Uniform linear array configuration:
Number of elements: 24
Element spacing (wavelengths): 0.75
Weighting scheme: hamming
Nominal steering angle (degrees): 15
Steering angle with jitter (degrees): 13.51
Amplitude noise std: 0.05
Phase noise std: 0.05

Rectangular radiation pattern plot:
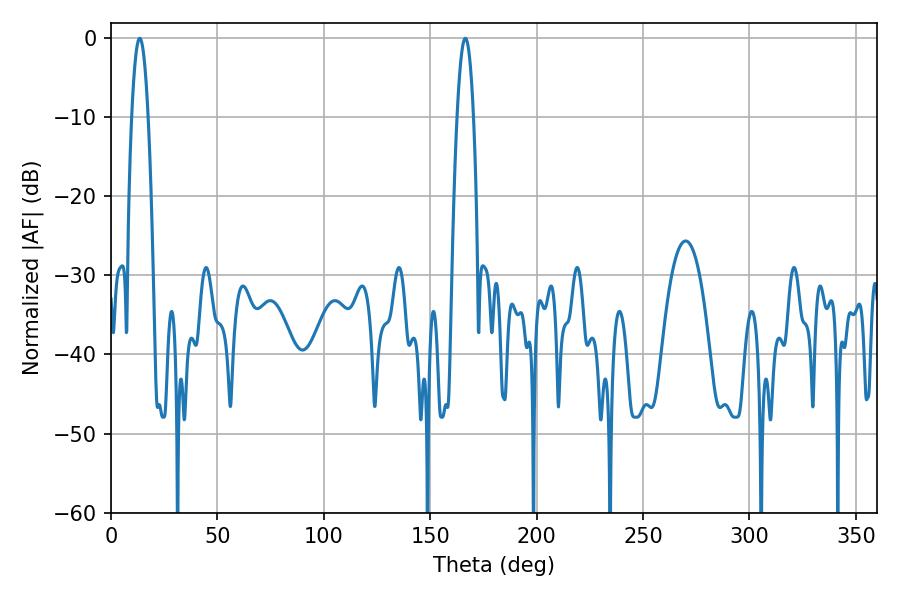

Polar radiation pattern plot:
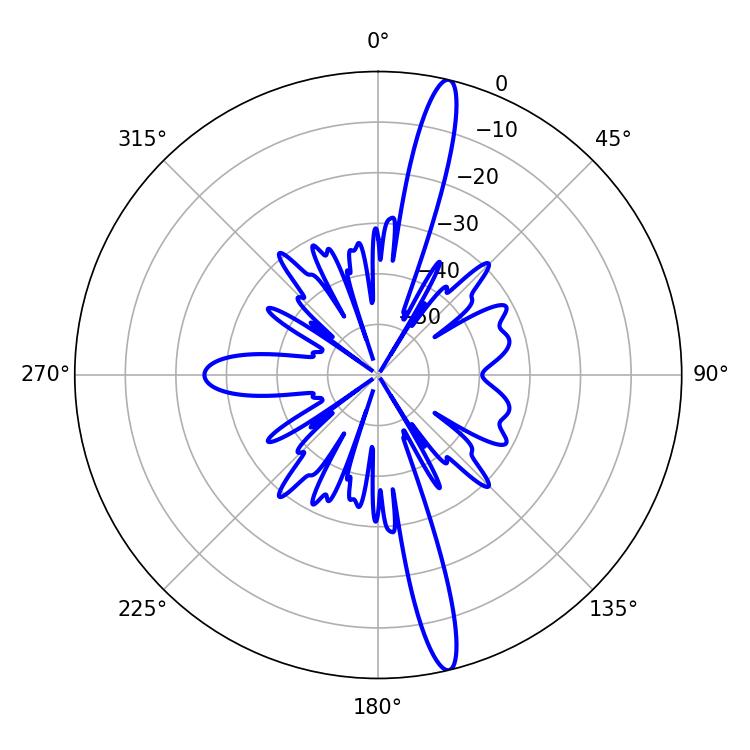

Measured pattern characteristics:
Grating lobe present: TRUE
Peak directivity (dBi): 17.287
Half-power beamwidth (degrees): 4.32
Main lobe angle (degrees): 13.5